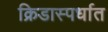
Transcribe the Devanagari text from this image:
क्रिडास्पर्धात